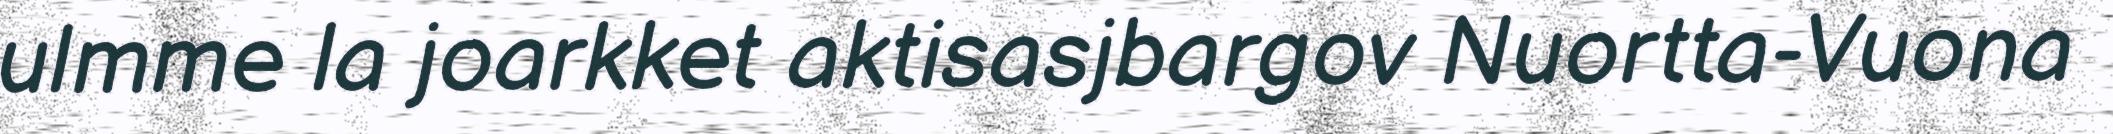
ulmme la joarkket aktisasjbargov Nuortta-Vuona